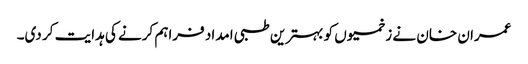
عمران خان نے زخمیوں کو بہترین طبی امداد فراہم کرنے کی ہدایت کر دی۔